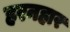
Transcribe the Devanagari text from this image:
हरनहार